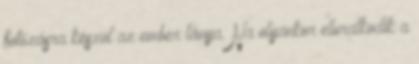
fotózásra készül az ember lánya. Na olyankor eluralkodik a